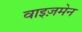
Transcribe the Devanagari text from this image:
वाइज़मेन